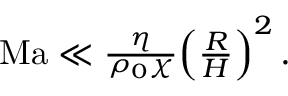
\begin{array} { r } { \mathrm { M a } \ll \frac { \eta } { \rho _ { 0 } \chi } \Big ( \frac { R } { H } \Big ) ^ { 2 } \, . \ } \end{array}